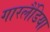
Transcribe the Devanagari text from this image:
गारलैंडिया